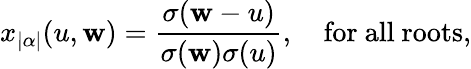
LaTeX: x_{|\alpha|}(u,\mathbf{w})={\frac{{\sigma(\mathbf{w}-u)}}{{\sigma(\mathbf{w})\sigma(u)}}},\quad\mathrm{{for~all~roots}},